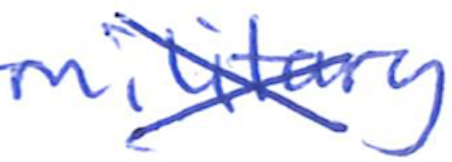
Text: military
Cross-out: cross
Writing tool: ballpoint